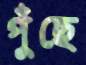
পুঁছে